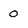
Character: 0